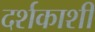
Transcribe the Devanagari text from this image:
दर्शकाशी